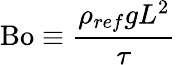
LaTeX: \textrm{Bo}\equiv\frac{\rho_{ref}gL^{2}}{\tau}